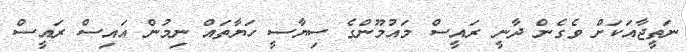
ނަތީޖާއަކަށް ވެގެން ދާނީ ރައީސް މައުމޫންގެ ސިޔާސީ ހަޔާތައް ނިމުން އައިސް ރައީސް